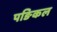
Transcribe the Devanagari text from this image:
पङिकल